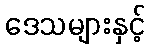
ဒေသများနှင့်